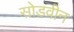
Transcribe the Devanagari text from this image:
सोडवीन